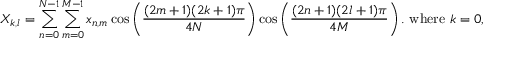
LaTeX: X _ { k , l } = \sum _ { n = 0 } ^ { N - 1 } \sum _ { m = 0 } ^ { M - 1 } x _ { n , m } \cos \left( { \frac { ( 2 m + 1 ) ( 2 k + 1 ) \pi } { 4 N } } \right) \cos \left( { \frac { ( 2 n + 1 ) ( 2 l + 1 ) \pi } { 4 M } } \right) { \mathrm { . ~ w h e r e ~ } } k = 0 , 1 , 2 . . . , N - 1 { \mathrm { ~ a n d ~ } } l = 0 , 1 , 2 . . . , M - 1